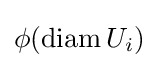
\phi (\operatorname {diam} U_{i})